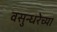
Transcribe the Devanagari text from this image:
वसुन्धरेच्या